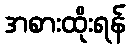
အစားထိုးရန်